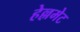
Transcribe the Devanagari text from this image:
हेल्लमेट